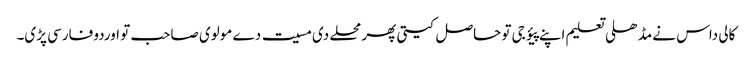
کالی داس نے مڈھلی تعلیم اپنے پیؤ جی تو حاصل کیتی پھر محلے دی مسیت دے مولوی صاحب تو اوردو فارسی پڑی۔